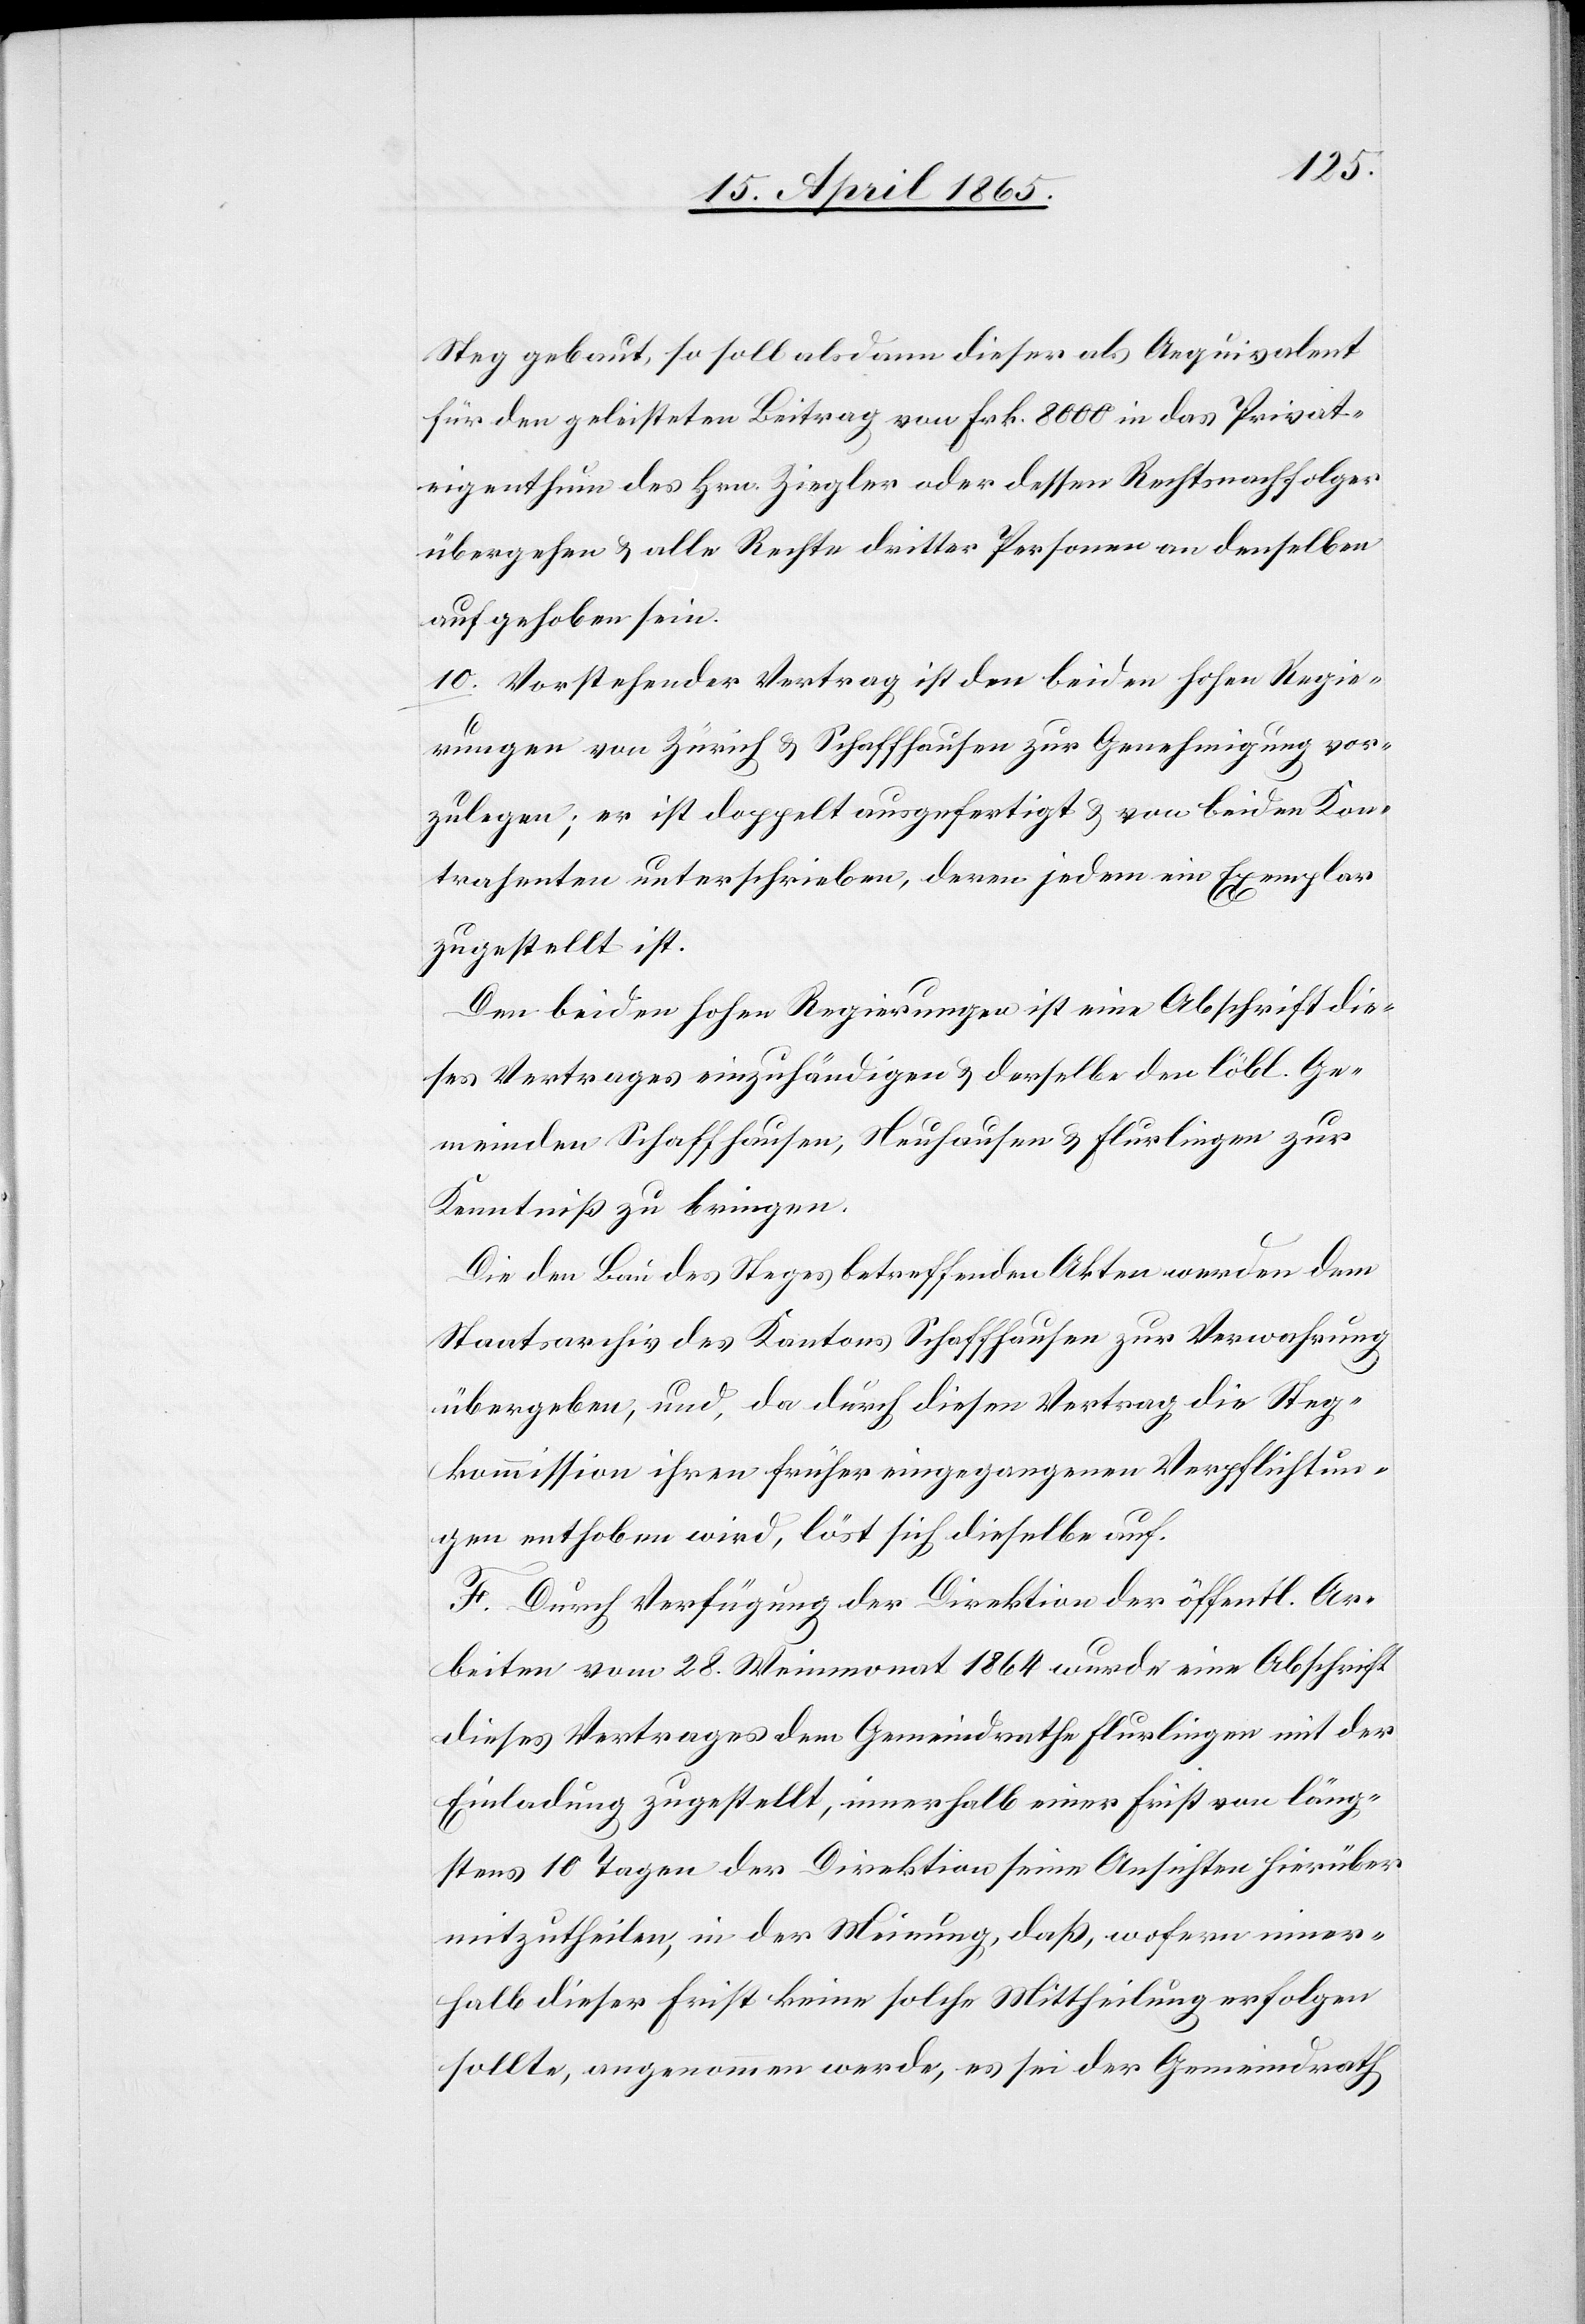
Steg gebaut, so soll alsdann dieser als Aequivalent
für den geleisteten Beitrag von Frk. 8000 in das Privat¬
eigenthum des Hrn. Ziegler oder dessen Rechtsnachfolger
übergehen & alle Rechte dritter Personen an denselben
aufgehoben sein.
10. Vorstehender Vertrag ist den beiden hohen Regie¬
rungen von Zürich & Schaffhausen zur Genehmigung vor¬
zulegen; er ist doppelt ausgefertigt & von beiden Kon¬
trahenten unterschrieben, deren jedem ein Exemplar
zugestellt ist.
Den beiden hohen Regierungen ist eine Abschrift die¬
ses Vertrages einzuhändigen & derselbe den löbl. Ge¬
meinden Schaffhausen, Neuhausen & Flurlingen zur
Kenntniß zu bringen.
Die den Bau des Steges betreffenden Akten werden dem
Staatsarchiv des Kantons Schaffhausen zur Verwahrung
übergeben, und, da durch diesen Vertrag die Steg¬
kommission ihren früher eingegangenen Verpflichtun¬
gen enthoben wird, löst sich dieselbe auf.
F. Durch Verfügung der Direktion der öffentl. Ar¬
beiten vom 28. Weinmonat 1864 wurde eine Abschrift
dieses Vertrages dem Gemeindrathe Flurlingen mit der
Einladung zugestellt, innerhalb einer Frist von läng¬
stens 10 Tagen der Direktion seine Ansichten hierüber
mitzutheilen, in der Meinung, daß, wofern inner¬
halb dieser Frist keine solche Mittheilung erfolgen
sollte, angenommen werde, es sei der Gemeindrath